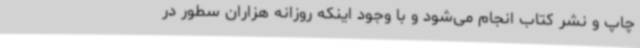
چاپ و نشر کتاب انجام می‌شود و با وجود اینکه روزانه هزاران سطور در